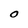
Character: O